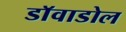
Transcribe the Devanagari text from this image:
डाॅवाडोल